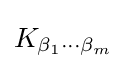
K_{\beta _{1}\cdots \beta _{m}}